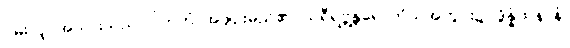
ဝမ်းလျှာအသားသည်။ ပိဟကံ၊ အဖျဉ်းမည်၏။ သရီရဗ္တန္တရေ၊ ကိုယ်အတွင်း၌။ ဒွိန္နံထနာနံ၊